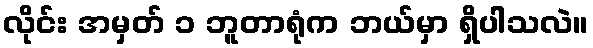
လိုင်း အမှတ် ၁ ဘူတာရုံက ဘယ်မှာ ရှိပါသလဲ။